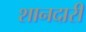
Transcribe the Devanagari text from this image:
शानदारी